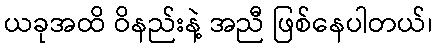
ယခုအထိ ဝိနည်းနဲ့ အညီ ဖြစ်နေပါတယ်၊